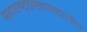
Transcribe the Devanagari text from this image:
महाराष्ट्र।महाराष्ट्रातील